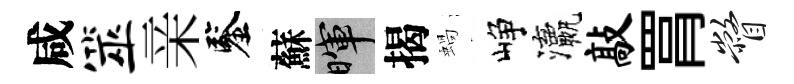
咸筮亲鑒蘇暉揭蝸峥瀛敲罥瞥